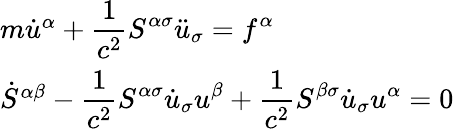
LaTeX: \begin{array}{ll}{{m\dot{u}^{\alpha}+\displaystyle\frac{1}{c^{2}}S^{\alpha\sigma}\ddot{u}_{\sigma}=f^{\alpha}}}\\ {{\dot{S}^{\alpha\beta}-\displaystyle\frac{1}{c^{2}}S^{\alpha\sigma}\dot{u}_{\sigma}u^{\beta}+\displaystyle\frac{1}{c^{2}}S^{\beta\sigma}\dot{u}_{\sigma}u^{\alpha}=0}}\end{array}